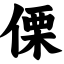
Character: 傈